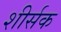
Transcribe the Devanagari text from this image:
शीर्सक